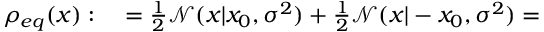
\begin{array} { r l } { \rho _ { e q } ( x ) : } & { { } = \frac { 1 } { 2 } \mathcal { N } ( x | x _ { 0 } , \sigma ^ { 2 } ) + \frac { 1 } { 2 } \mathcal { N } ( x | - x _ { 0 } , \sigma ^ { 2 } ) = } \end{array}